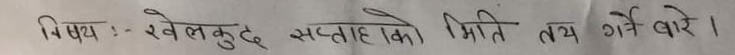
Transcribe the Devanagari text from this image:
विषय :- खेलकुद सप्ताहको मिति तय गर्ने बारे ।